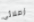
زملائي